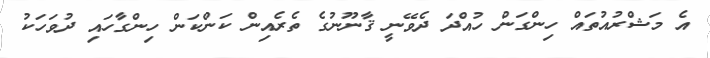
އެ މަޝްރުއުތައް ހިންގަން ހުއްދަ ދެވޭނީ ޤާނޫނުގެ ތެރެއިން ކަންކަން ހިންގާހައި ދުވަހަކު